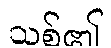
သစ်၏